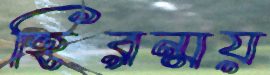
হিরন্ময়